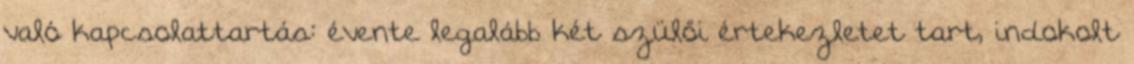
való kapcsolattartás: évente legalább két szülői értekezletet tart, indokolt